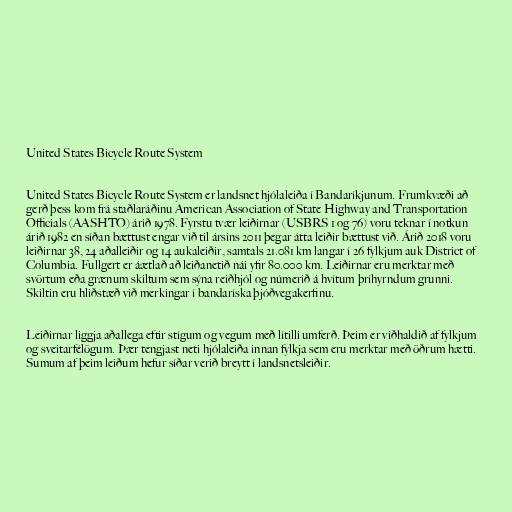
United States Bicycle Route System

United States Bicycle Route System er landsnet hjólaleiða í Bandaríkjunum. Frumkvæði að
gerð þess kom frá staðlaráðinu American Association of State Highway and Transportation
Officials (AASHTO) árið 1978. Fyrstu tvær leiðirnar (USBRS 1 og 76) voru teknar í notkun
árið 1982 en síðan bættust engar við til ársins 2011 þegar átta leiðir bættust við. Árið 2018 voru
leiðirnar 38, 24 aðalleiðir og 14 aukaleiðir, samtals 21.081 km langar í 26 fylkjum auk District of
Columbia. Fullgert er áætlað að leiðanetið nái yfir 80.000 km. Leiðirnar eru merktar með
svörtum eða grænum skiltum sem sýna reiðhjól og númerið á hvítum þríhyrndum grunni.
Skiltin eru hliðstæð við merkingar í bandaríska þjóðvegakerfinu.

Leiðirnar liggja aðallega eftir stígum og vegum með lítilli umferð. Þeim er viðhaldið af fylkjum
og sveitarfélögum. Þær tengjast neti hjólaleiða innan fylkja sem eru merktar með öðrum hætti.
Sumum af þeim leiðum hefur síðar verið breytt í landsnetsleiðir.